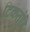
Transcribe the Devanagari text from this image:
टिकतोहि